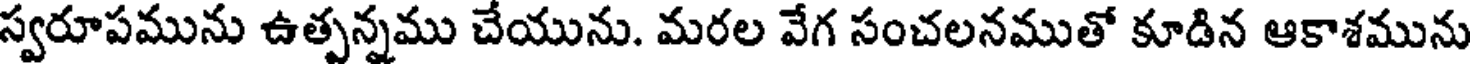
స్వరూపమును ఉత్పన్నము చేయును. మరల వేగ సంచలనముతో కూడిన ఆకాశమును